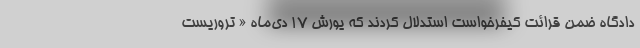
دادگاه ضمن قرائت کیفرخواست استدلال کردند که یورش ۱۷ دی‌ماه « تروریست